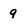
Character: 9